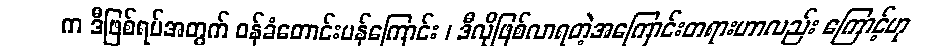
က ဒီဖြစ်ရပ်အတွက် ဝန်ခံတောင်းပန်ကြောင်း ၊ ဒီလိုဖြစ်လာရတဲ့အကြောင်းတရားဟာလည်း ကြောင့်ဟု